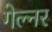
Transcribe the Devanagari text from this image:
गेल्नर